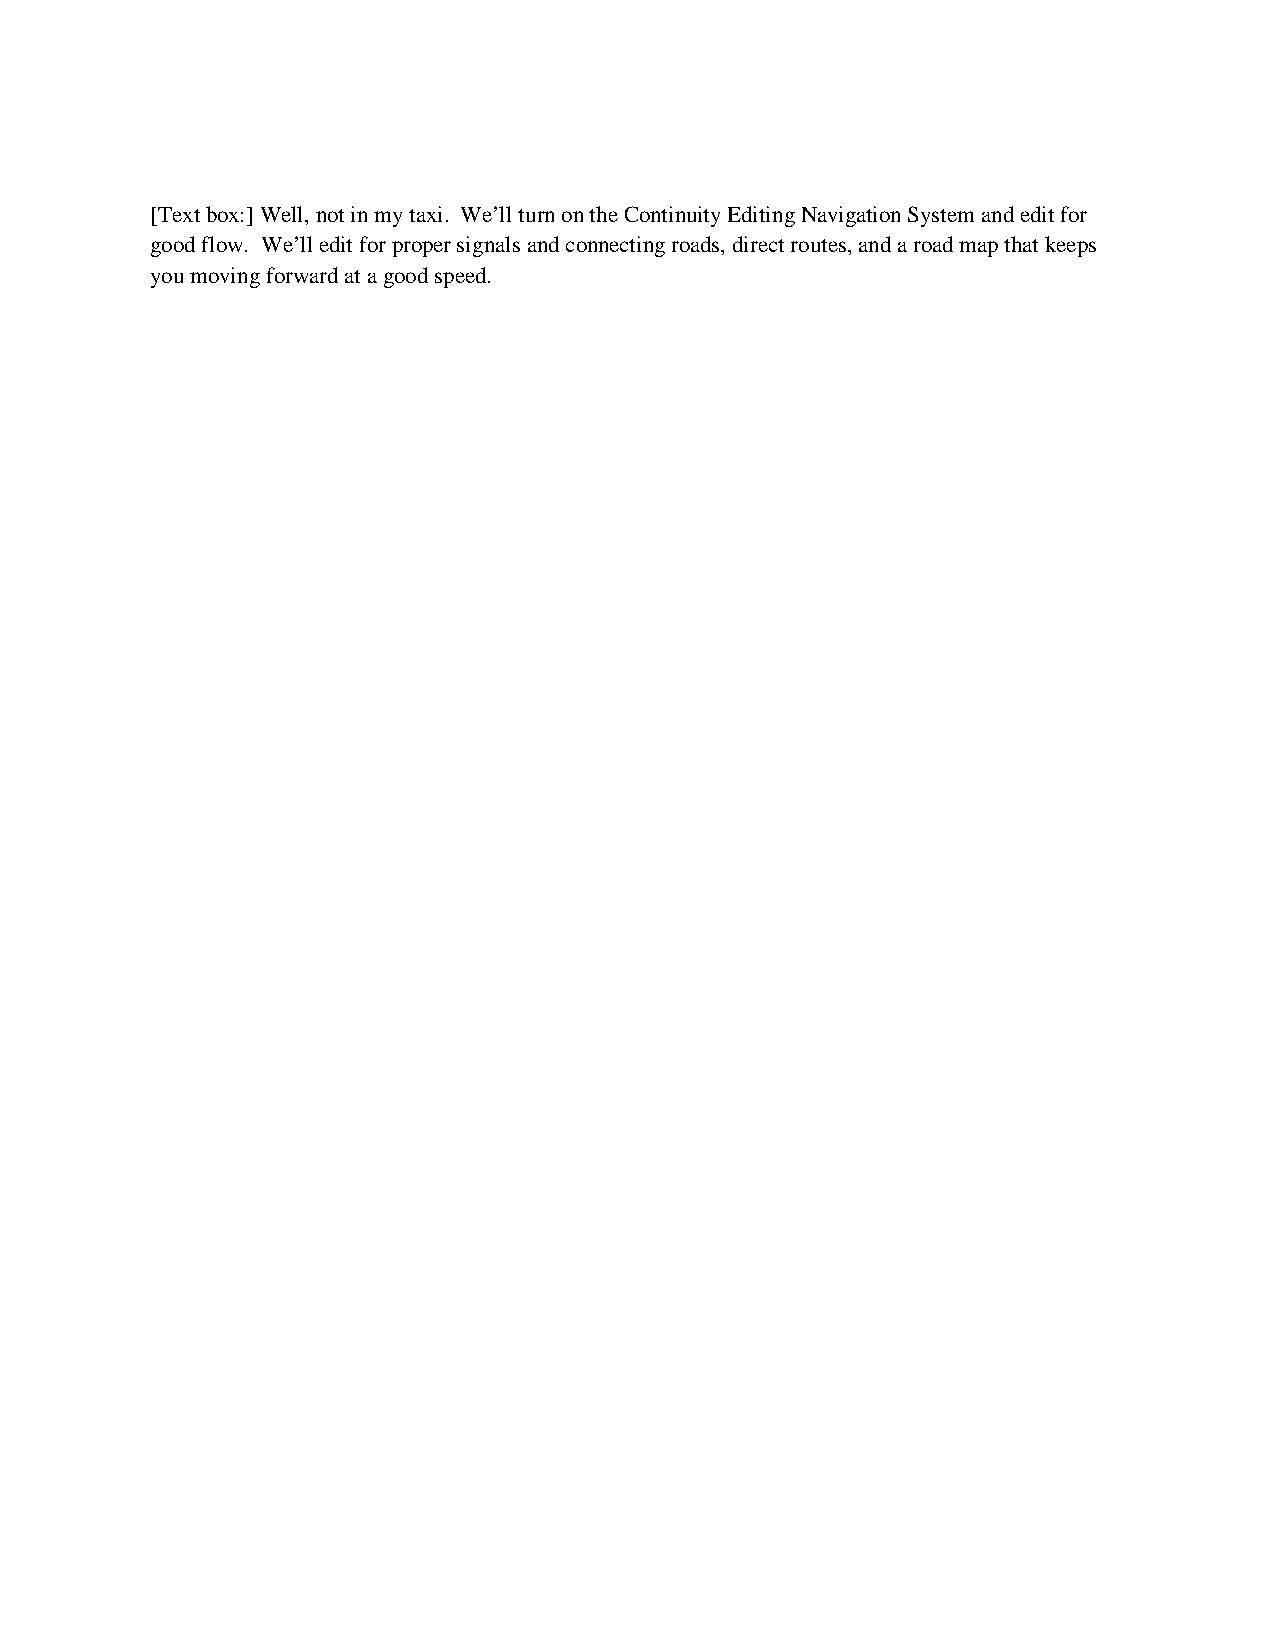
[Text box:] Well, not in my taxi. We’ll turn on the Continuity Editing Navigation System and edit for
 good flow. We’ll edit for proper signals and connecting roads, direct routes, and a road map that keeps
 you moving forward at a good speed.